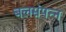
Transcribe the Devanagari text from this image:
बलसंपन्न